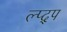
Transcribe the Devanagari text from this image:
ल्प्द्प